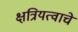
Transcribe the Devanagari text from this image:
क्षत्रियत्वाचे